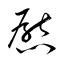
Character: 懕